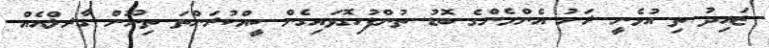
ޒައިދު ތި އުޅެނީ ރަށު އެންމެންގެ ބޮޑު ތުންފުހިގޮވައިގެން ކީއްކުރަންތަ ތިނޫން ގާރލްއެއް